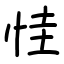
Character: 㤬